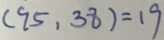
( 9 5 , 3 8 ) = 1 9